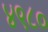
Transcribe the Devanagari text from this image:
४९८०